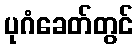
ပုဂံခေတ်တွင်